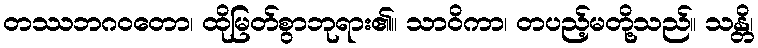
တဿဘဂဝတော၊ ထိုမြတ်စွာဘုရား၏။ သာဝိကာ၊ တပည့်မတို့သည်။ သန္တိ၊